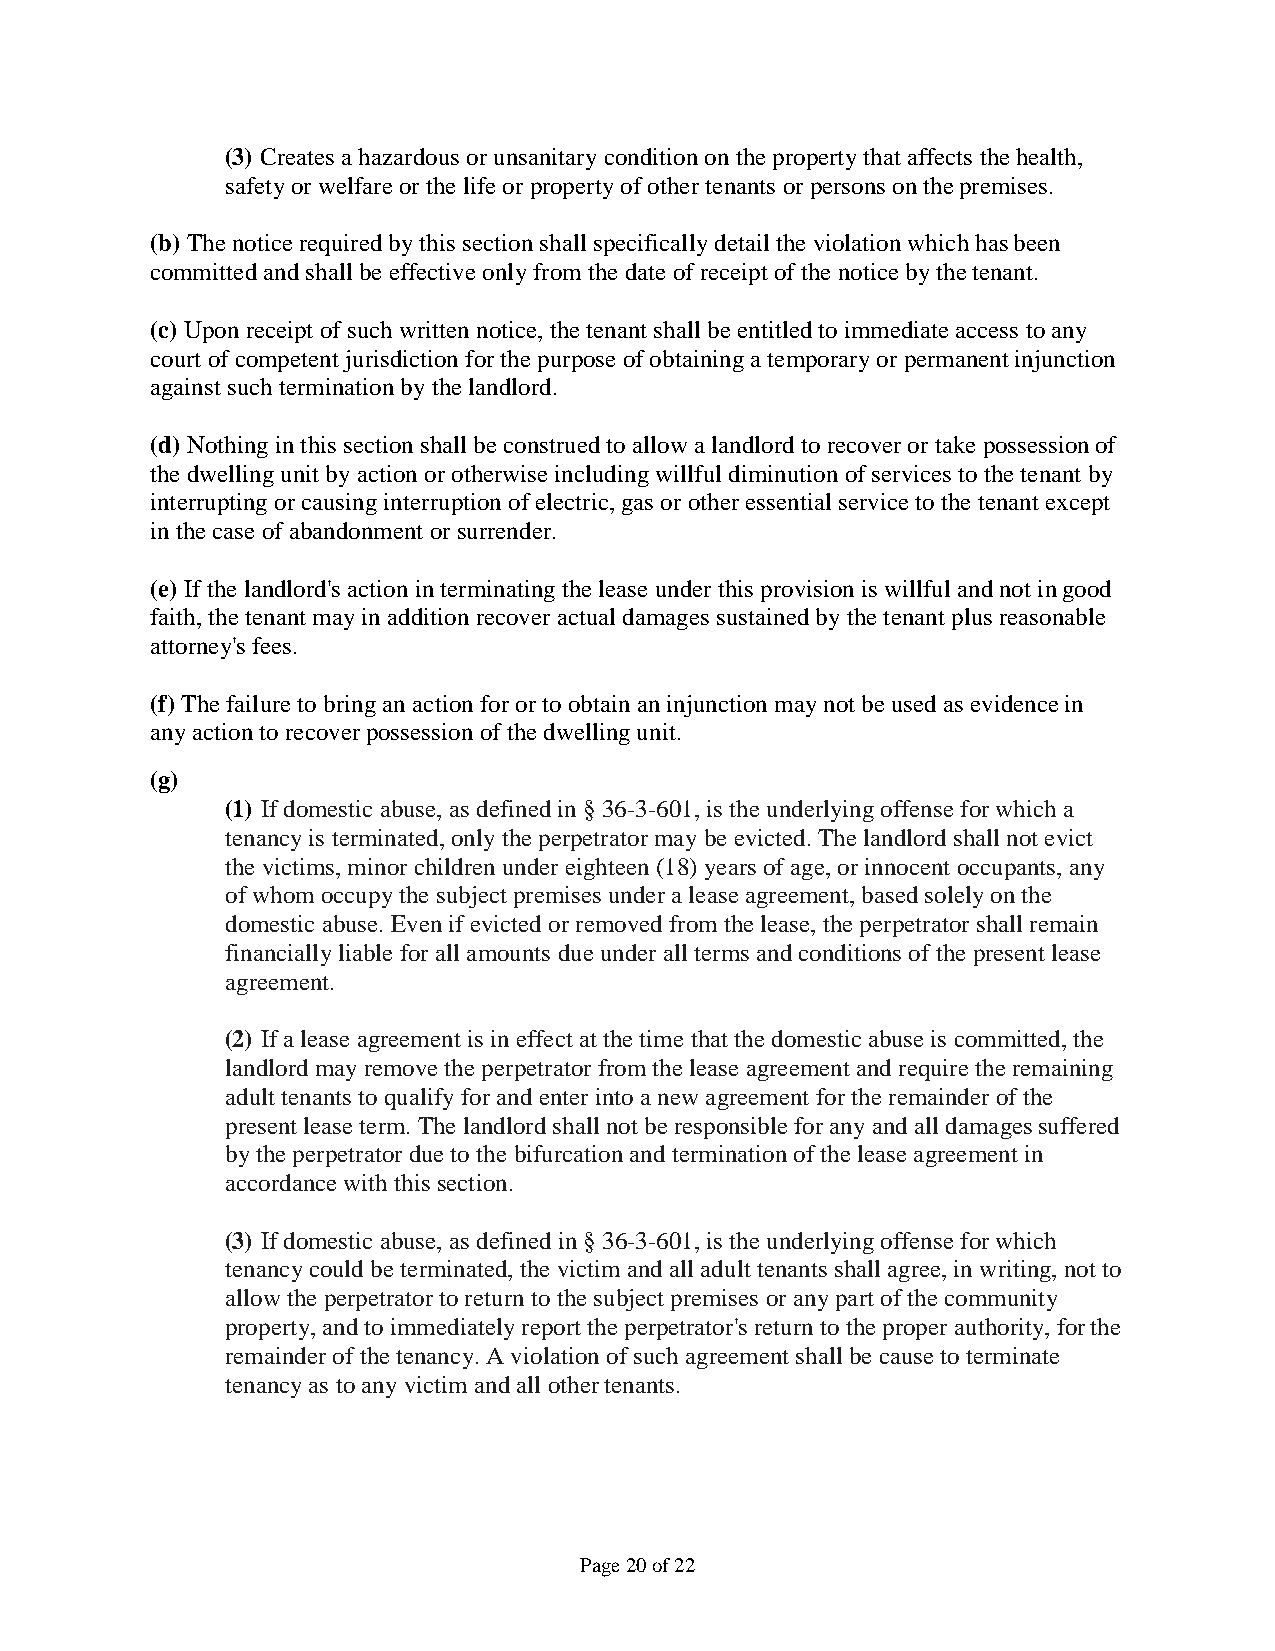
(3) Creates a hazardous or unsanitary condition on the property that affects the health,
 safety or welfare or the life or property of other tenants or persons on the premises.
 (b) The notice required by this section shall specifically detail the violation which has been
 committed and shall be effective only from the date of receipt of the notice by the tenant.
 (c) Upon receipt of such written notice, the tenant shall be entitled to immediate access to any
 court of competent jurisdiction for the purpose of obtaining a temporary or permanent injunction
 against such termination by the landlord.
 (d) Nothing in this section shall be construed to allow a landlord to recover or take possession of
 the dwelling unit by action or otherwise including willful diminution of services to the tenant by
 interrupting or causing interruption of electric, gas or other essential service to the tenant except
 in the case of abandonment or surrender.
 (e) If the landlord's action in terminating the lease under this provision is willful and not in good
 faith, the tenant may in addition recover actual damages sustained by the tenant plus reasonable
 attorney's fees.
 (f) The failure to bring an action for or to obtain an injunction may not be used as evidence in
 any action to recover possession of the dwelling unit.
 (g)
 (1) If domestic abuse, as defined in § 36-3-601, is the underlying offense for which a
 tenancy is terminated, only the perpetrator may be evicted. The landlord shall not evict
 the victims, minor children under eighteen (18) years of age, or innocent occupants, any
 of whom occupy the subject premises under a lease agreement, based solely on the
 domestic abuse. Even if evicted or removed from the lease, the perpetrator shall remain
 financially liable for all amounts due under all terms and conditions of the present lease
 agreement.
 (2) If a lease agreement is in effect at the time that the domestic abuse is committed, the
 landlord may remove the perpetrator from the lease agreement and require the remaining
 adult tenants to qualify for and enter into a new agreement for the remainder of the
 present lease term. The landlord shall not be responsible for any and all damages suffered
 by the perpetrator due to the bifurcation and termination of the lease agreement in
 accordance with this section.
 (3) If domestic abuse, as defined in § 36-3-601, is the underlying offense for which
 tenancy could be terminated, the victim and all adult tenants shall agree, in writing, not to
 allow the perpetrator to return to the subject premises or any part of the community
 property, and to immediately report the perpetrator's return to the proper authority, for the
 remainder of the tenancy. A violation of such agreement shall be cause to terminate
 tenancy as to any victim and all other tenants.
 Page 20 of 22